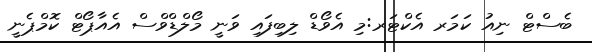
ބެސްޓް ނިއު ކަމަރ އެކްޓަރ:މި އެވޯޑް ލިބިފައި ވަނީ މޯލްޑްވްސް އެއާޕޯޓް ކޮމްޕެނީ